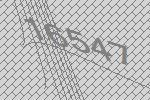
16547